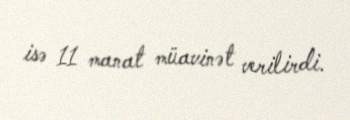
isə 11 manat müavinət verilirdi.